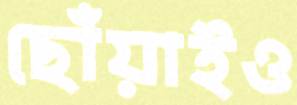
ছোঁয়াইও